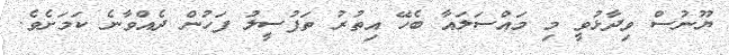
ޔޫނުސް ވިދާޅުވީ މި މައްސަލައާ ބެހޭ އިތުރު ތަފުސީލު ފަހުން ދެއްވާނެ ކަމަށެވެ.